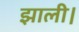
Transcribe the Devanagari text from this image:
झाली।